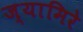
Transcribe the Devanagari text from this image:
ज्यामिरे